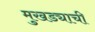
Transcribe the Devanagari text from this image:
मुखड्याची